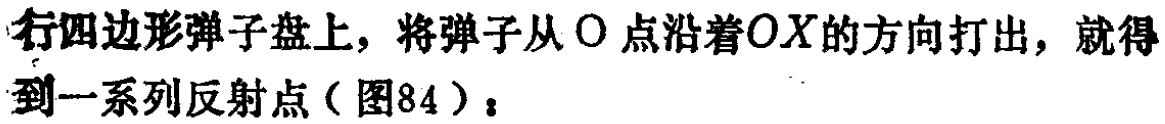
在平行四边形弹子盘上，将弹子从\(O\)点沿着\(OX\)的方向打出，就得到一系列反射点（图84）：